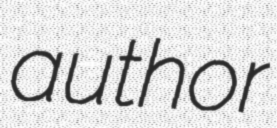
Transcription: author